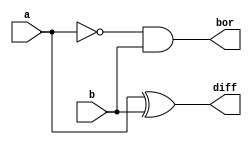
`timescale 1ns / 1ps
//////////////////////////////////////////////////////////////////////////////////
// Company: 
// Engineer: 
// 
// Design Name: 
// Module Name: half_sub
// Project Name: 
// Target Devices: 
// Tool Versions: 
// Description: 
// 
// Dependencies: 
// 
// Revision:
// Revision 0.01 - File Created
// Additional Comments:
// 
//////////////////////////////////////////////////////////////////////////////////


module half_sub(
    input a,
    input b,
    output diff,
    output bor
    );
    assign diff=a^b;
    assign bor=~a&b;
endmodule